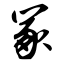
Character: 冢